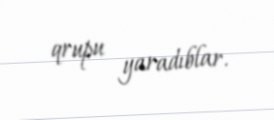
qrupu yaradıblar.